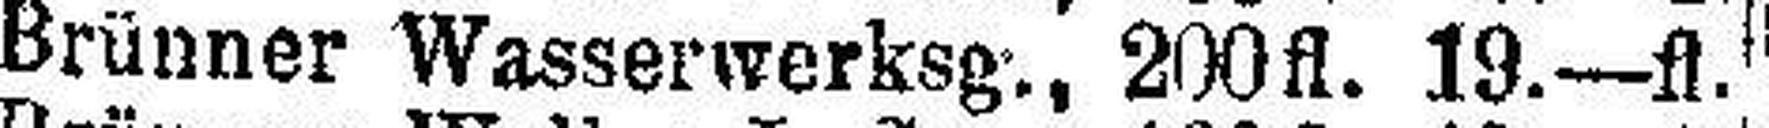
Brünner Wasserwerksg., 200fl. 19.—fl.